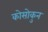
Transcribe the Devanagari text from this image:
कोसोकुन